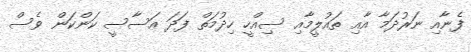
ފެނާއި ނަރުދަމާ އާއި ތައުލީމާއި ސިއްހީ ހިދުމަތް ފަދަ އަސާސީ ކަންކަން ވެސް